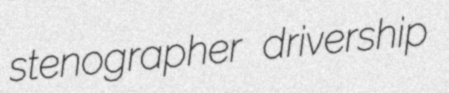
stenographer drivership